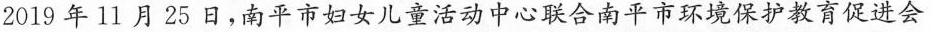
2019年11月25日，南平市妇女儿童活动中心联合南平市环境保护教育促进会